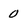
Character: 0